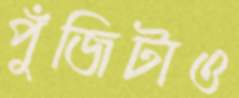
পুঁজিটাও